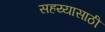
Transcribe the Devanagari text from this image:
सहय्यासाठी